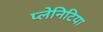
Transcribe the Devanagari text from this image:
प्लेनिटिया